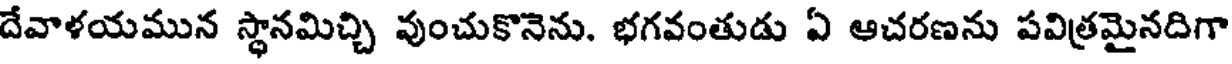
దేవాళయమున స్థానమిచ్చి వుంచుకొనెను. భగవంతుడు ఏ ఆచరణను పవిత్రమైనదిగా